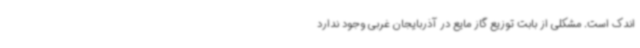
اندک است. مشکلی از بابت توزیع گاز مایع در آذربایجان غربی وجود ندارد